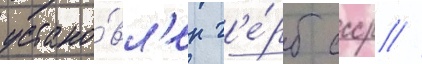
устано́вл'ен г'е́рб ссср //